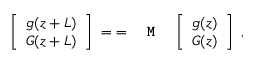
\left[ \begin{array} { c c } { g ( z + L ) } \\ { G ( z + L ) } \end{array} \right] \; = \; = \texttt { \textbf { M } } \, \left[ \begin{array} { c c } { g ( z ) } \\ { G ( z ) } \end{array} \right] \, \, ,